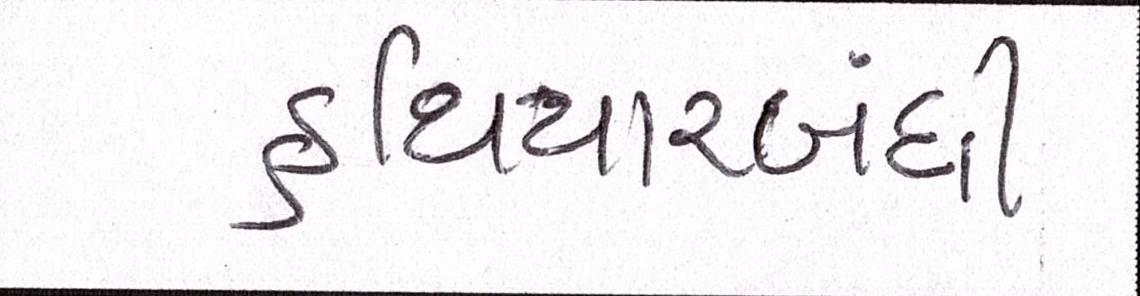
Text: હથિયારબંધી